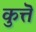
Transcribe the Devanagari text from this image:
कुत्तॆ